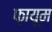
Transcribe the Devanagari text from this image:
फ़ायूम